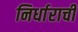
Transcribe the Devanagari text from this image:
निर्धाराची